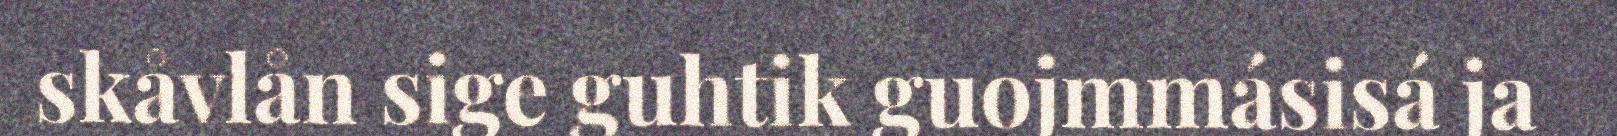
skåvlån sige guhtik guojmmásisá ja